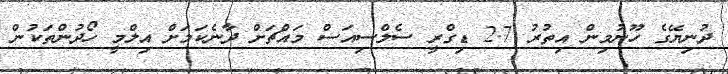
ދުނިޔޭގެ ހޫނުމިން އިތުރު 2.7 ޑިގްރީ ސެލްސިއަސް މައްޗަށް ދާނެކަމަށް އިލްމީ ހޯދުންތަކުން